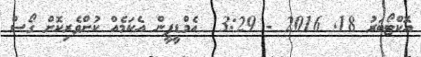
އޮކްޓޯބަރު 18